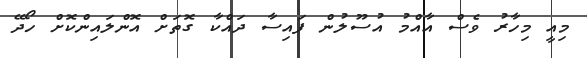
މިއީ މިހާރު ވެސް އާއްމު އުސޫލުން ފައިސާ ދައްކާ ގޮތަށް އޮންލައިންކޮށް ހޯދޭ